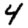
Digit: 4